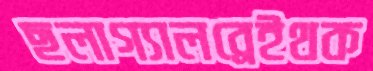
ছলাগ্যালব্রেইথক